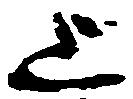
上